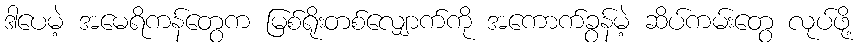
ဒါပေမဲ့ အမေရိကန်တွေက မြစ်ရိုးတစ်လျှောက်ကို အကောက်ခွန်မဲ့ ဆိပ်ကမ်းတွေ လုပ်ဖို့